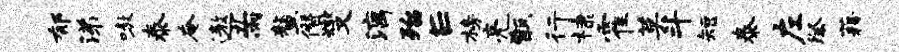
郁涕嗷泰奄遨丑雨鳌僭燮漓殆E榜亮甑行棣霍莫斗短泰左祭藉